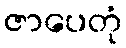
ဇာပေတုံ